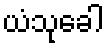
ယံသုခေါ